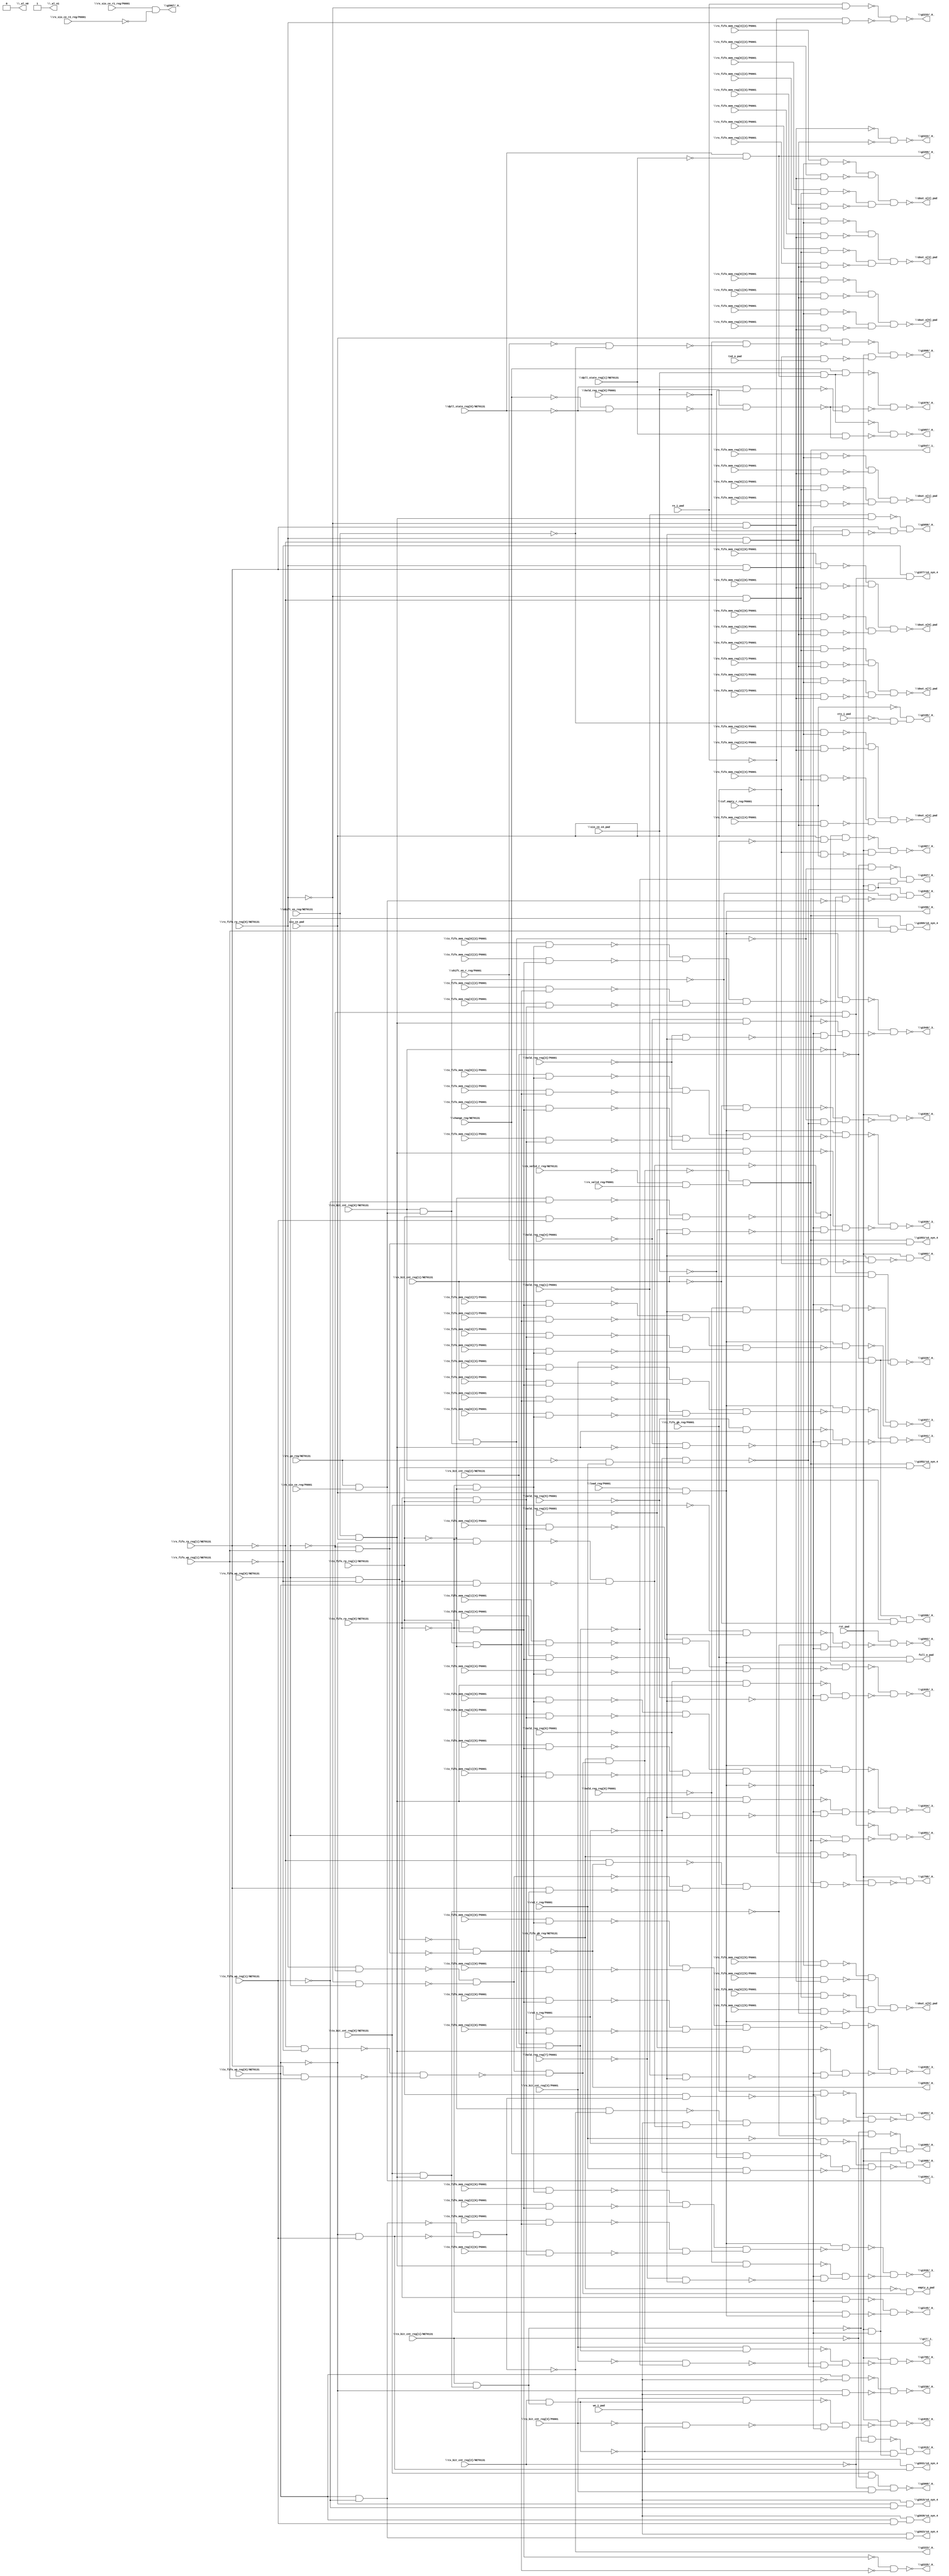
module top( \change_reg/NET0131  , cts_i_pad , \dpll_state_reg[0]/NET0131  , \dpll_state_reg[1]/NET0131  , \hold_reg_reg[0]/P0001  , \hold_reg_reg[1]/P0001  , \hold_reg_reg[2]/P0001  , \hold_reg_reg[3]/P0001  , \hold_reg_reg[4]/P0001  , \hold_reg_reg[5]/P0001  , \hold_reg_reg[6]/P0001  , \hold_reg_reg[7]/P0001  , \hold_reg_reg[8]/P0001  , \load_reg/P0001  , re_i_pad , rst_pad , \rx_bit_cnt_reg[0]/NET0131  , \rx_bit_cnt_reg[1]/NET0131  , \rx_bit_cnt_reg[2]/NET0131  , \rx_bit_cnt_reg[3]/P0001  , \rx_fifo_gb_reg/NET0131  , \rx_fifo_mem_reg[0][0]/P0001  , \rx_fifo_mem_reg[0][1]/P0001  , \rx_fifo_mem_reg[0][2]/P0001  , \rx_fifo_mem_reg[0][3]/P0001  , \rx_fifo_mem_reg[0][4]/P0001  , \rx_fifo_mem_reg[0][5]/P0001  , \rx_fifo_mem_reg[0][6]/P0001  , \rx_fifo_mem_reg[0][7]/P0001  , \rx_fifo_mem_reg[1][0]/P0001  , \rx_fifo_mem_reg[1][1]/P0001  , \rx_fifo_mem_reg[1][2]/P0001  , \rx_fifo_mem_reg[1][3]/P0001  , \rx_fifo_mem_reg[1][4]/P0001  , \rx_fifo_mem_reg[1][5]/P0001  , \rx_fifo_mem_reg[1][6]/P0001  , \rx_fifo_mem_reg[1][7]/P0001  , \rx_fifo_mem_reg[2][0]/P0001  , \rx_fifo_mem_reg[2][1]/P0001  , \rx_fifo_mem_reg[2][2]/P0001  , \rx_fifo_mem_reg[2][3]/P0001  , \rx_fifo_mem_reg[2][4]/P0001  , \rx_fifo_mem_reg[2][5]/P0001  , \rx_fifo_mem_reg[2][6]/P0001  , \rx_fifo_mem_reg[2][7]/P0001  , \rx_fifo_mem_reg[3][0]/P0001  , \rx_fifo_mem_reg[3][1]/P0001  , \rx_fifo_mem_reg[3][2]/P0001  , \rx_fifo_mem_reg[3][3]/P0001  , \rx_fifo_mem_reg[3][4]/P0001  , \rx_fifo_mem_reg[3][5]/P0001  , \rx_fifo_mem_reg[3][6]/P0001  , \rx_fifo_mem_reg[3][7]/P0001  , \rx_fifo_rp_reg[0]/NET0131  , \rx_fifo_rp_reg[1]/NET0131  , \rx_fifo_wp_reg[0]/NET0131  , \rx_fifo_wp_reg[1]/NET0131  , \rx_go_reg/NET0131  , \rx_sio_ce_r1_reg/P0001  , \rx_sio_ce_r2_reg/P0001  , \rx_sio_ce_reg/P0001  , \rx_valid_r_reg/NET0131  , \rx_valid_reg/P0001  , \rxd_r_reg/P0001  , \rxd_s_reg/P0001  , \shift_en_r_reg/P0001  , \shift_en_reg/NET0131  , sio_ce_pad , \sio_ce_x4_pad  , \tx_bit_cnt_reg[0]/NET0131  , \tx_bit_cnt_reg[1]/NET0131  , \tx_bit_cnt_reg[2]/NET0131  , \tx_bit_cnt_reg[3]/P0001  , \tx_fifo_gb_reg/P0001  , \tx_fifo_mem_reg[0][0]/P0001  , \tx_fifo_mem_reg[0][1]/P0001  , \tx_fifo_mem_reg[0][2]/P0001  , \tx_fifo_mem_reg[0][3]/P0001  , \tx_fifo_mem_reg[0][4]/P0001  , \tx_fifo_mem_reg[0][5]/P0001  , \tx_fifo_mem_reg[0][6]/P0001  , \tx_fifo_mem_reg[0][7]/P0001  , \tx_fifo_mem_reg[1][0]/P0001  , \tx_fifo_mem_reg[1][1]/P0001  , \tx_fifo_mem_reg[1][2]/P0001  , \tx_fifo_mem_reg[1][3]/P0001  , \tx_fifo_mem_reg[1][4]/P0001  , \tx_fifo_mem_reg[1][5]/P0001  , \tx_fifo_mem_reg[1][6]/P0001  , \tx_fifo_mem_reg[1][7]/P0001  , \tx_fifo_mem_reg[2][0]/P0001  , \tx_fifo_mem_reg[2][1]/P0001  , \tx_fifo_mem_reg[2][2]/P0001  , \tx_fifo_mem_reg[2][3]/P0001  , \tx_fifo_mem_reg[2][4]/P0001  , \tx_fifo_mem_reg[2][5]/P0001  , \tx_fifo_mem_reg[2][6]/P0001  , \tx_fifo_mem_reg[2][7]/P0001  , \tx_fifo_mem_reg[3][0]/P0001  , \tx_fifo_mem_reg[3][1]/P0001  , \tx_fifo_mem_reg[3][2]/P0001  , \tx_fifo_mem_reg[3][3]/P0001  , \tx_fifo_mem_reg[3][4]/P0001  , \tx_fifo_mem_reg[3][5]/P0001  , \tx_fifo_mem_reg[3][6]/P0001  , \tx_fifo_mem_reg[3][7]/P0001  , \tx_fifo_rp_reg[0]/NET0131  , \tx_fifo_rp_reg[1]/NET0131  , \tx_fifo_wp_reg[0]/NET0131  , \tx_fifo_wp_reg[1]/NET0131  , txd_o_pad , \txf_empty_r_reg/P0001  , we_i_pad , \_al_n0  , \_al_n1  , \dout_o[0]_pad  , \dout_o[1]_pad  , \dout_o[2]_pad  , \dout_o[3]_pad  , \dout_o[4]_pad  , \dout_o[5]_pad  , \dout_o[6]_pad  , \dout_o[7]_pad  , empty_o_pad , full_o_pad , \g17/_1_  , \g1795/_0_  , \g1798/_0_  , \g1835/_0_  , \g1836/_0_  , \g1847/_0_  , \g1848/_0_  , \g1851/_0_  , \g1852/u3_syn_4  , \g1853/u3_syn_4  , \g1869/u3_syn_4  , \g1877/u3_syn_4  , \g1894/_0_  , \g1915/_0_  , \g1934/_3_  , \g1935/_3_  , \g1936/_3_  , \g1937/_3_  , \g1938/_3_  , \g1939/_3_  , \g1940/_3_  , \g1941/_3_  , \g1976/_0_  , \g1984/_1_  , \g1985/_0_  , \g1987/_0_  , \g1988/_0_  , \g1998/_0_  , \g2002/_0_  , \g2015/u3_syn_4  , \g2023/u3_syn_4  , \g2031/u3_syn_4  , \g2039/u3_syn_4  , \g2057/_0_  , \g2058/_0_  , \g2067/_0_  , \g2068/_0_  , \g2082/_0_  , \g2145/_0_  , \g2195/_0_  , \g2206/_0_  , \g2222/_0_  , \g2223/_0_  , \g2225/_0_  , \g2229/_0_  , \g2230/_0_  , \g2233/_0_  , \g2269/_0_  , \g2296/_0_  , \g2539/_0_  , \g2547/_1_  );
  input \change_reg/NET0131  ;
  input cts_i_pad ;
  input \dpll_state_reg[0]/NET0131  ;
  input \dpll_state_reg[1]/NET0131  ;
  input \hold_reg_reg[0]/P0001  ;
  input \hold_reg_reg[1]/P0001  ;
  input \hold_reg_reg[2]/P0001  ;
  input \hold_reg_reg[3]/P0001  ;
  input \hold_reg_reg[4]/P0001  ;
  input \hold_reg_reg[5]/P0001  ;
  input \hold_reg_reg[6]/P0001  ;
  input \hold_reg_reg[7]/P0001  ;
  input \hold_reg_reg[8]/P0001  ;
  input \load_reg/P0001  ;
  input re_i_pad ;
  input rst_pad ;
  input \rx_bit_cnt_reg[0]/NET0131  ;
  input \rx_bit_cnt_reg[1]/NET0131  ;
  input \rx_bit_cnt_reg[2]/NET0131  ;
  input \rx_bit_cnt_reg[3]/P0001  ;
  input \rx_fifo_gb_reg/NET0131  ;
  input \rx_fifo_mem_reg[0][0]/P0001  ;
  input \rx_fifo_mem_reg[0][1]/P0001  ;
  input \rx_fifo_mem_reg[0][2]/P0001  ;
  input \rx_fifo_mem_reg[0][3]/P0001  ;
  input \rx_fifo_mem_reg[0][4]/P0001  ;
  input \rx_fifo_mem_reg[0][5]/P0001  ;
  input \rx_fifo_mem_reg[0][6]/P0001  ;
  input \rx_fifo_mem_reg[0][7]/P0001  ;
  input \rx_fifo_mem_reg[1][0]/P0001  ;
  input \rx_fifo_mem_reg[1][1]/P0001  ;
  input \rx_fifo_mem_reg[1][2]/P0001  ;
  input \rx_fifo_mem_reg[1][3]/P0001  ;
  input \rx_fifo_mem_reg[1][4]/P0001  ;
  input \rx_fifo_mem_reg[1][5]/P0001  ;
  input \rx_fifo_mem_reg[1][6]/P0001  ;
  input \rx_fifo_mem_reg[1][7]/P0001  ;
  input \rx_fifo_mem_reg[2][0]/P0001  ;
  input \rx_fifo_mem_reg[2][1]/P0001  ;
  input \rx_fifo_mem_reg[2][2]/P0001  ;
  input \rx_fifo_mem_reg[2][3]/P0001  ;
  input \rx_fifo_mem_reg[2][4]/P0001  ;
  input \rx_fifo_mem_reg[2][5]/P0001  ;
  input \rx_fifo_mem_reg[2][6]/P0001  ;
  input \rx_fifo_mem_reg[2][7]/P0001  ;
  input \rx_fifo_mem_reg[3][0]/P0001  ;
  input \rx_fifo_mem_reg[3][1]/P0001  ;
  input \rx_fifo_mem_reg[3][2]/P0001  ;
  input \rx_fifo_mem_reg[3][3]/P0001  ;
  input \rx_fifo_mem_reg[3][4]/P0001  ;
  input \rx_fifo_mem_reg[3][5]/P0001  ;
  input \rx_fifo_mem_reg[3][6]/P0001  ;
  input \rx_fifo_mem_reg[3][7]/P0001  ;
  input \rx_fifo_rp_reg[0]/NET0131  ;
  input \rx_fifo_rp_reg[1]/NET0131  ;
  input \rx_fifo_wp_reg[0]/NET0131  ;
  input \rx_fifo_wp_reg[1]/NET0131  ;
  input \rx_go_reg/NET0131  ;
  input \rx_sio_ce_r1_reg/P0001  ;
  input \rx_sio_ce_r2_reg/P0001  ;
  input \rx_sio_ce_reg/P0001  ;
  input \rx_valid_r_reg/NET0131  ;
  input \rx_valid_reg/P0001  ;
  input \rxd_r_reg/P0001  ;
  input \rxd_s_reg/P0001  ;
  input \shift_en_r_reg/P0001  ;
  input \shift_en_reg/NET0131  ;
  input sio_ce_pad ;
  input \sio_ce_x4_pad  ;
  input \tx_bit_cnt_reg[0]/NET0131  ;
  input \tx_bit_cnt_reg[1]/NET0131  ;
  input \tx_bit_cnt_reg[2]/NET0131  ;
  input \tx_bit_cnt_reg[3]/P0001  ;
  input \tx_fifo_gb_reg/P0001  ;
  input \tx_fifo_mem_reg[0][0]/P0001  ;
  input \tx_fifo_mem_reg[0][1]/P0001  ;
  input \tx_fifo_mem_reg[0][2]/P0001  ;
  input \tx_fifo_mem_reg[0][3]/P0001  ;
  input \tx_fifo_mem_reg[0][4]/P0001  ;
  input \tx_fifo_mem_reg[0][5]/P0001  ;
  input \tx_fifo_mem_reg[0][6]/P0001  ;
  input \tx_fifo_mem_reg[0][7]/P0001  ;
  input \tx_fifo_mem_reg[1][0]/P0001  ;
  input \tx_fifo_mem_reg[1][1]/P0001  ;
  input \tx_fifo_mem_reg[1][2]/P0001  ;
  input \tx_fifo_mem_reg[1][3]/P0001  ;
  input \tx_fifo_mem_reg[1][4]/P0001  ;
  input \tx_fifo_mem_reg[1][5]/P0001  ;
  input \tx_fifo_mem_reg[1][6]/P0001  ;
  input \tx_fifo_mem_reg[1][7]/P0001  ;
  input \tx_fifo_mem_reg[2][0]/P0001  ;
  input \tx_fifo_mem_reg[2][1]/P0001  ;
  input \tx_fifo_mem_reg[2][2]/P0001  ;
  input \tx_fifo_mem_reg[2][3]/P0001  ;
  input \tx_fifo_mem_reg[2][4]/P0001  ;
  input \tx_fifo_mem_reg[2][5]/P0001  ;
  input \tx_fifo_mem_reg[2][6]/P0001  ;
  input \tx_fifo_mem_reg[2][7]/P0001  ;
  input \tx_fifo_mem_reg[3][0]/P0001  ;
  input \tx_fifo_mem_reg[3][1]/P0001  ;
  input \tx_fifo_mem_reg[3][2]/P0001  ;
  input \tx_fifo_mem_reg[3][3]/P0001  ;
  input \tx_fifo_mem_reg[3][4]/P0001  ;
  input \tx_fifo_mem_reg[3][5]/P0001  ;
  input \tx_fifo_mem_reg[3][6]/P0001  ;
  input \tx_fifo_mem_reg[3][7]/P0001  ;
  input \tx_fifo_rp_reg[0]/NET0131  ;
  input \tx_fifo_rp_reg[1]/NET0131  ;
  input \tx_fifo_wp_reg[0]/NET0131  ;
  input \tx_fifo_wp_reg[1]/NET0131  ;
  input txd_o_pad ;
  input \txf_empty_r_reg/P0001  ;
  input we_i_pad ;
  output \_al_n0  ;
  output \_al_n1  ;
  output \dout_o[0]_pad  ;
  output \dout_o[1]_pad  ;
  output \dout_o[2]_pad  ;
  output \dout_o[3]_pad  ;
  output \dout_o[4]_pad  ;
  output \dout_o[5]_pad  ;
  output \dout_o[6]_pad  ;
  output \dout_o[7]_pad  ;
  output empty_o_pad ;
  output full_o_pad ;
  output \g17/_1_  ;
  output \g1795/_0_  ;
  output \g1798/_0_  ;
  output \g1835/_0_  ;
  output \g1836/_0_  ;
  output \g1847/_0_  ;
  output \g1848/_0_  ;
  output \g1851/_0_  ;
  output \g1852/u3_syn_4  ;
  output \g1853/u3_syn_4  ;
  output \g1869/u3_syn_4  ;
  output \g1877/u3_syn_4  ;
  output \g1894/_0_  ;
  output \g1915/_0_  ;
  output \g1934/_3_  ;
  output \g1935/_3_  ;
  output \g1936/_3_  ;
  output \g1937/_3_  ;
  output \g1938/_3_  ;
  output \g1939/_3_  ;
  output \g1940/_3_  ;
  output \g1941/_3_  ;
  output \g1976/_0_  ;
  output \g1984/_1_  ;
  output \g1985/_0_  ;
  output \g1987/_0_  ;
  output \g1988/_0_  ;
  output \g1998/_0_  ;
  output \g2002/_0_  ;
  output \g2015/u3_syn_4  ;
  output \g2023/u3_syn_4  ;
  output \g2031/u3_syn_4  ;
  output \g2039/u3_syn_4  ;
  output \g2057/_0_  ;
  output \g2058/_0_  ;
  output \g2067/_0_  ;
  output \g2068/_0_  ;
  output \g2082/_0_  ;
  output \g2145/_0_  ;
  output \g2195/_0_  ;
  output \g2206/_0_  ;
  output \g2222/_0_  ;
  output \g2223/_0_  ;
  output \g2225/_0_  ;
  output \g2229/_0_  ;
  output \g2230/_0_  ;
  output \g2233/_0_  ;
  output \g2269/_0_  ;
  output \g2296/_0_  ;
  output \g2539/_0_  ;
  output \g2547/_1_  ;
  wire n114 , n115 , n116 , n117 , n118 , n119 , n120 , n121 , n122 , n123 , n124 , n125 , n126 , n127 , n128 , n129 , n130 , n131 , n132 , n133 , n134 , n135 , n136 , n137 , n138 , n139 , n140 , n141 , n142 , n143 , n144 , n145 , n146 , n147 , n148 , n149 , n150 , n151 , n152 , n153 , n154 , n155 , n156 , n157 , n158 , n159 , n160 , n161 , n162 , n163 , n164 , n165 , n166 , n167 , n168 , n169 , n170 , n171 , n172 , n173 , n174 , n175 , n176 , n177 , n178 , n179 , n180 , n181 , n182 , n183 , n184 , n185 , n186 , n187 , n188 , n189 , n190 , n191 , n192 , n193 , n194 , n195 , n196 , n197 , n198 , n199 , n200 , n201 , n202 , n203 , n204 , n205 , n206 , n207 , n208 , n209 , n210 , n211 , n212 , n213 , n214 , n215 , n216 , n217 , n218 , n219 , n220 , n221 , n222 , n223 , n224 , n225 , n226 , n227 , n228 , n229 , n230 , n231 , n232 , n233 , n234 , n235 , n236 , n237 , n238 , n239 , n240 , n241 , n242 , n243 , n244 , n245 , n246 , n247 , n248 , n249 , n250 , n251 , n252 , n253 , n254 , n255 , n256 , n257 , n258 , n259 , n260 , n261 , n262 , n263 , n264 , n265 , n266 , n267 , n268 , n269 , n270 , n271 , n272 , n273 , n274 , n275 , n276 , n277 , n278 , n279 , n280 , n281 , n282 , n283 , n284 , n285 , n286 , n287 , n288 , n289 , n290 , n291 , n292 , n293 , n294 , n295 , n296 , n297 , n298 , n299 , n300 , n301 , n302 , n303 , n304 , n305 , n306 , n307 , n308 , n309 , n310 , n311 , n312 , n313 , n314 , n315 , n316 , n317 , n318 , n319 , n320 , n321 , n322 , n323 , n324 , n325 , n326 , n327 , n328 , n329 , n330 , n331 , n332 , n333 , n334 , n335 , n336 , n337 , n338 , n339 , n340 , n341 , n342 , n343 , n344 , n345 , n346 , n347 , n348 , n349 , n350 , n351 , n352 , n353 , n354 , n355 , n356 , n357 , n358 , n359 , n360 , n361 , n362 , n363 , n364 , n365 , n366 , n367 , n368 , n369 , n370 , n371 , n372 , n373 , n374 , n375 , n376 , n377 , n378 , n379 , n380 , n381 , n382 , n383 , n384 , n385 , n386 , n387 , n388 , n389 , n390 , n391 , n392 , n393 , n394 , n395 , n396 , n397 , n398 , n399 , n400 , n401 , n402 , n403 , n404 , n405 , n406 , n407 , n408 , n409 , n410 , n411 , n412 , n413 , n414 , n415 , n416 , n417 , n418 , n419 , n420 , n421 , n422 , n423 , n424 , n425 , n426 , n427 , n428 , n429 , n430 , n431 , n432 , n433 ;
  assign n114 = \rx_fifo_rp_reg[0]/NET0131  & \rx_fifo_rp_reg[1]/NET0131  ;
  assign n115 = \rx_fifo_mem_reg[3][0]/P0001  & n114 ;
  assign n116 = ~\rx_fifo_rp_reg[0]/NET0131  & \rx_fifo_rp_reg[1]/NET0131  ;
  assign n117 = \rx_fifo_mem_reg[2][0]/P0001  & n116 ;
  assign n122 = ~n115 & ~n117 ;
  assign n118 = ~\rx_fifo_rp_reg[0]/NET0131  & ~\rx_fifo_rp_reg[1]/NET0131  ;
  assign n119 = \rx_fifo_mem_reg[0][0]/P0001  & n118 ;
  assign n120 = \rx_fifo_rp_reg[0]/NET0131  & ~\rx_fifo_rp_reg[1]/NET0131  ;
  assign n121 = \rx_fifo_mem_reg[1][0]/P0001  & n120 ;
  assign n123 = ~n119 & ~n121 ;
  assign n124 = n122 & n123 ;
  assign n125 = \rx_fifo_mem_reg[3][1]/P0001  & n114 ;
  assign n126 = \rx_fifo_mem_reg[2][1]/P0001  & n116 ;
  assign n129 = ~n125 & ~n126 ;
  assign n127 = \rx_fifo_mem_reg[0][1]/P0001  & n118 ;
  assign n128 = \rx_fifo_mem_reg[1][1]/P0001  & n120 ;
  assign n130 = ~n127 & ~n128 ;
  assign n131 = n129 & n130 ;
  assign n132 = \rx_fifo_mem_reg[3][2]/P0001  & n114 ;
  assign n133 = \rx_fifo_mem_reg[2][2]/P0001  & n116 ;
  assign n136 = ~n132 & ~n133 ;
  assign n134 = \rx_fifo_mem_reg[0][2]/P0001  & n118 ;
  assign n135 = \rx_fifo_mem_reg[1][2]/P0001  & n120 ;
  assign n137 = ~n134 & ~n135 ;
  assign n138 = n136 & n137 ;
  assign n139 = \rx_fifo_mem_reg[3][3]/P0001  & n114 ;
  assign n140 = \rx_fifo_mem_reg[2][3]/P0001  & n116 ;
  assign n143 = ~n139 & ~n140 ;
  assign n141 = \rx_fifo_mem_reg[0][3]/P0001  & n118 ;
  assign n142 = \rx_fifo_mem_reg[1][3]/P0001  & n120 ;
  assign n144 = ~n141 & ~n142 ;
  assign n145 = n143 & n144 ;
  assign n146 = \rx_fifo_mem_reg[3][4]/P0001  & n114 ;
  assign n147 = \rx_fifo_mem_reg[2][4]/P0001  & n116 ;
  assign n150 = ~n146 & ~n147 ;
  assign n148 = \rx_fifo_mem_reg[0][4]/P0001  & n118 ;
  assign n149 = \rx_fifo_mem_reg[1][4]/P0001  & n120 ;
  assign n151 = ~n148 & ~n149 ;
  assign n152 = n150 & n151 ;
  assign n153 = \rx_fifo_mem_reg[3][5]/P0001  & n114 ;
  assign n154 = \rx_fifo_mem_reg[2][5]/P0001  & n116 ;
  assign n157 = ~n153 & ~n154 ;
  assign n155 = \rx_fifo_mem_reg[0][5]/P0001  & n118 ;
  assign n156 = \rx_fifo_mem_reg[1][5]/P0001  & n120 ;
  assign n158 = ~n155 & ~n156 ;
  assign n159 = n157 & n158 ;
  assign n160 = \rx_fifo_mem_reg[0][6]/P0001  & n118 ;
  assign n161 = \rx_fifo_mem_reg[1][6]/P0001  & n120 ;
  assign n164 = ~n160 & ~n161 ;
  assign n162 = \rx_fifo_mem_reg[3][6]/P0001  & n114 ;
  assign n163 = \rx_fifo_mem_reg[2][6]/P0001  & n116 ;
  assign n165 = ~n162 & ~n163 ;
  assign n166 = n164 & n165 ;
  assign n167 = \rx_fifo_mem_reg[0][7]/P0001  & n118 ;
  assign n168 = \rx_fifo_mem_reg[1][7]/P0001  & n120 ;
  assign n171 = ~n167 & ~n168 ;
  assign n169 = \rx_fifo_mem_reg[3][7]/P0001  & n114 ;
  assign n170 = \rx_fifo_mem_reg[2][7]/P0001  & n116 ;
  assign n172 = ~n169 & ~n170 ;
  assign n173 = n171 & n172 ;
  assign n174 = \rx_fifo_rp_reg[0]/NET0131  & ~\rx_fifo_wp_reg[0]/NET0131  ;
  assign n175 = ~\rx_fifo_rp_reg[0]/NET0131  & \rx_fifo_wp_reg[0]/NET0131  ;
  assign n176 = ~n174 & ~n175 ;
  assign n177 = ~\rx_fifo_rp_reg[1]/NET0131  & ~\rx_fifo_wp_reg[1]/NET0131  ;
  assign n178 = \rx_fifo_rp_reg[1]/NET0131  & \rx_fifo_wp_reg[1]/NET0131  ;
  assign n179 = ~n177 & ~n178 ;
  assign n180 = n176 & ~n179 ;
  assign n181 = ~\rx_fifo_gb_reg/NET0131  & n180 ;
  assign n182 = ~\tx_fifo_rp_reg[0]/NET0131  & ~\tx_fifo_wp_reg[0]/NET0131  ;
  assign n183 = \tx_fifo_rp_reg[0]/NET0131  & \tx_fifo_wp_reg[0]/NET0131  ;
  assign n184 = ~n182 & ~n183 ;
  assign n185 = ~\tx_fifo_rp_reg[1]/NET0131  & ~\tx_fifo_wp_reg[1]/NET0131  ;
  assign n186 = \tx_fifo_rp_reg[1]/NET0131  & \tx_fifo_wp_reg[1]/NET0131  ;
  assign n187 = ~n185 & ~n186 ;
  assign n188 = ~n184 & ~n187 ;
  assign n189 = \tx_fifo_gb_reg/P0001  & n188 ;
  assign n190 = \rx_fifo_gb_reg/NET0131  & n180 ;
  assign n191 = \rx_go_reg/NET0131  & \rx_sio_ce_reg/P0001  ;
  assign n192 = \rx_bit_cnt_reg[0]/NET0131  & n191 ;
  assign n193 = \rx_bit_cnt_reg[1]/NET0131  & n192 ;
  assign n194 = \rx_bit_cnt_reg[2]/NET0131  & n193 ;
  assign n198 = \rx_bit_cnt_reg[3]/P0001  & n194 ;
  assign n195 = ~\rx_bit_cnt_reg[3]/P0001  & ~n194 ;
  assign n196 = ~\rx_go_reg/NET0131  & \rxd_r_reg/P0001  ;
  assign n197 = ~\rxd_s_reg/P0001  & n196 ;
  assign n199 = ~n195 & ~n197 ;
  assign n200 = ~n198 & n199 ;
  assign n201 = rst_pad & ~n200 ;
  assign n202 = ~re_i_pad & \rx_fifo_gb_reg/NET0131  ;
  assign n203 = ~\rx_valid_r_reg/NET0131  & \rx_valid_reg/P0001  ;
  assign n204 = ~n190 & n203 ;
  assign n205 = \rx_fifo_wp_reg[0]/NET0131  & ~\rx_fifo_wp_reg[1]/NET0131  ;
  assign n206 = ~\rx_fifo_wp_reg[0]/NET0131  & \rx_fifo_wp_reg[1]/NET0131  ;
  assign n207 = ~n205 & ~n206 ;
  assign n209 = ~\rx_fifo_rp_reg[1]/NET0131  & ~n207 ;
  assign n208 = \rx_fifo_rp_reg[1]/NET0131  & n207 ;
  assign n210 = ~n176 & ~n208 ;
  assign n211 = ~n209 & n210 ;
  assign n212 = n204 & n211 ;
  assign n213 = ~n202 & ~n212 ;
  assign n214 = rst_pad & ~n213 ;
  assign n215 = \shift_en_reg/NET0131  & sio_ce_pad ;
  assign n216 = \tx_bit_cnt_reg[0]/NET0131  & n215 ;
  assign n217 = \tx_bit_cnt_reg[1]/NET0131  & n216 ;
  assign n218 = \tx_bit_cnt_reg[2]/NET0131  & n217 ;
  assign n221 = \tx_bit_cnt_reg[3]/P0001  & n218 ;
  assign n219 = ~\tx_bit_cnt_reg[3]/P0001  & ~n218 ;
  assign n220 = \load_reg/P0001  & sio_ce_pad ;
  assign n222 = ~n219 & ~n220 ;
  assign n223 = ~n221 & n222 ;
  assign n224 = rst_pad & ~n223 ;
  assign n225 = ~\rx_bit_cnt_reg[1]/NET0131  & ~n192 ;
  assign n226 = ~n193 & ~n197 ;
  assign n227 = ~n225 & n226 ;
  assign n228 = rst_pad & ~n227 ;
  assign n230 = ~\rx_bit_cnt_reg[2]/NET0131  & ~n193 ;
  assign n229 = rst_pad & ~n197 ;
  assign n231 = ~n194 & n229 ;
  assign n232 = ~n230 & n231 ;
  assign n233 = ~\rx_bit_cnt_reg[0]/NET0131  & ~n191 ;
  assign n234 = ~n192 & ~n233 ;
  assign n235 = n229 & n234 ;
  assign n236 = ~\rx_fifo_wp_reg[0]/NET0131  & n204 ;
  assign n237 = \rx_fifo_wp_reg[0]/NET0131  & ~n204 ;
  assign n238 = ~n236 & ~n237 ;
  assign n239 = n204 & n205 ;
  assign n240 = n204 & n206 ;
  assign n241 = \rx_fifo_wp_reg[0]/NET0131  & \rx_fifo_wp_reg[1]/NET0131  ;
  assign n242 = n204 & n241 ;
  assign n243 = ~\rx_fifo_wp_reg[1]/NET0131  & n236 ;
  assign n244 = \tx_fifo_gb_reg/P0001  & ~n220 ;
  assign n245 = \tx_fifo_wp_reg[0]/NET0131  & ~\tx_fifo_wp_reg[1]/NET0131  ;
  assign n246 = ~\tx_fifo_wp_reg[0]/NET0131  & \tx_fifo_wp_reg[1]/NET0131  ;
  assign n247 = ~n245 & ~n246 ;
  assign n249 = \tx_fifo_rp_reg[1]/NET0131  & n247 ;
  assign n248 = ~\tx_fifo_rp_reg[1]/NET0131  & ~n247 ;
  assign n250 = we_i_pad & n184 ;
  assign n251 = ~n248 & n250 ;
  assign n252 = ~n249 & n251 ;
  assign n253 = ~n244 & ~n252 ;
  assign n254 = rst_pad & ~n253 ;
  assign n256 = ~\tx_bit_cnt_reg[2]/NET0131  & ~n217 ;
  assign n255 = rst_pad & ~n220 ;
  assign n257 = ~n218 & n255 ;
  assign n258 = ~n256 & n257 ;
  assign n259 = ~\tx_fifo_rp_reg[0]/NET0131  & ~\tx_fifo_rp_reg[1]/NET0131  ;
  assign n260 = \tx_fifo_mem_reg[0][5]/P0001  & n259 ;
  assign n261 = \tx_fifo_rp_reg[0]/NET0131  & \tx_fifo_rp_reg[1]/NET0131  ;
  assign n262 = \tx_fifo_mem_reg[3][5]/P0001  & n261 ;
  assign n267 = ~n260 & ~n262 ;
  assign n263 = ~\tx_fifo_rp_reg[0]/NET0131  & \tx_fifo_rp_reg[1]/NET0131  ;
  assign n264 = \tx_fifo_mem_reg[2][5]/P0001  & n263 ;
  assign n265 = \tx_fifo_rp_reg[0]/NET0131  & ~\tx_fifo_rp_reg[1]/NET0131  ;
  assign n266 = \tx_fifo_mem_reg[1][5]/P0001  & n265 ;
  assign n268 = ~n264 & ~n266 ;
  assign n269 = n267 & n268 ;
  assign n270 = n220 & ~n269 ;
  assign n272 = ~\hold_reg_reg[7]/P0001  & n215 ;
  assign n271 = ~\hold_reg_reg[6]/P0001  & ~n215 ;
  assign n273 = ~n220 & ~n271 ;
  assign n274 = ~n272 & n273 ;
  assign n275 = ~n270 & ~n274 ;
  assign n276 = \tx_fifo_mem_reg[3][4]/P0001  & n261 ;
  assign n277 = \tx_fifo_mem_reg[1][4]/P0001  & n265 ;
  assign n280 = ~n276 & ~n277 ;
  assign n278 = \tx_fifo_mem_reg[2][4]/P0001  & n263 ;
  assign n279 = \tx_fifo_mem_reg[0][4]/P0001  & n259 ;
  assign n281 = ~n278 & ~n279 ;
  assign n282 = n280 & n281 ;
  assign n283 = n220 & ~n282 ;
  assign n285 = ~\hold_reg_reg[6]/P0001  & n215 ;
  assign n284 = ~\hold_reg_reg[5]/P0001  & ~n215 ;
  assign n286 = ~n220 & ~n284 ;
  assign n287 = ~n285 & n286 ;
  assign n288 = ~n283 & ~n287 ;
  assign n289 = \tx_fifo_mem_reg[0][6]/P0001  & n259 ;
  assign n290 = \tx_fifo_mem_reg[2][6]/P0001  & n263 ;
  assign n293 = ~n289 & ~n290 ;
  assign n291 = \tx_fifo_mem_reg[1][6]/P0001  & n265 ;
  assign n292 = \tx_fifo_mem_reg[3][6]/P0001  & n261 ;
  assign n294 = ~n291 & ~n292 ;
  assign n295 = n293 & n294 ;
  assign n296 = n220 & ~n295 ;
  assign n298 = ~\hold_reg_reg[8]/P0001  & n215 ;
  assign n297 = ~\hold_reg_reg[7]/P0001  & ~n215 ;
  assign n299 = ~n220 & ~n297 ;
  assign n300 = ~n298 & n299 ;
  assign n301 = ~n296 & ~n300 ;
  assign n302 = ~\hold_reg_reg[8]/P0001  & ~n215 ;
  assign n303 = ~n220 & ~n302 ;
  assign n304 = \tx_fifo_mem_reg[2][7]/P0001  & n263 ;
  assign n305 = \tx_fifo_mem_reg[1][7]/P0001  & n265 ;
  assign n308 = ~n304 & ~n305 ;
  assign n306 = \tx_fifo_mem_reg[3][7]/P0001  & n261 ;
  assign n307 = \tx_fifo_mem_reg[0][7]/P0001  & n259 ;
  assign n309 = ~n306 & ~n307 ;
  assign n310 = n308 & n309 ;
  assign n311 = n220 & ~n310 ;
  assign n312 = ~n303 & ~n311 ;
  assign n313 = \tx_fifo_mem_reg[0][0]/P0001  & n259 ;
  assign n314 = \tx_fifo_mem_reg[1][0]/P0001  & n265 ;
  assign n317 = ~n313 & ~n314 ;
  assign n315 = \tx_fifo_mem_reg[2][0]/P0001  & n263 ;
  assign n316 = \tx_fifo_mem_reg[3][0]/P0001  & n261 ;
  assign n318 = ~n315 & ~n316 ;
  assign n319 = n317 & n318 ;
  assign n320 = n220 & ~n319 ;
  assign n322 = ~\hold_reg_reg[2]/P0001  & n215 ;
  assign n321 = ~\hold_reg_reg[1]/P0001  & ~n215 ;
  assign n323 = ~n220 & ~n321 ;
  assign n324 = ~n322 & n323 ;
  assign n325 = ~n320 & ~n324 ;
  assign n326 = \tx_fifo_mem_reg[0][1]/P0001  & n259 ;
  assign n327 = \tx_fifo_mem_reg[1][1]/P0001  & n265 ;
  assign n330 = ~n326 & ~n327 ;
  assign n328 = \tx_fifo_mem_reg[2][1]/P0001  & n263 ;
  assign n329 = \tx_fifo_mem_reg[3][1]/P0001  & n261 ;
  assign n331 = ~n328 & ~n329 ;
  assign n332 = n330 & n331 ;
  assign n333 = n220 & ~n332 ;
  assign n335 = ~\hold_reg_reg[3]/P0001  & n215 ;
  assign n334 = ~\hold_reg_reg[2]/P0001  & ~n215 ;
  assign n336 = ~n220 & ~n334 ;
  assign n337 = ~n335 & n336 ;
  assign n338 = ~n333 & ~n337 ;
  assign n339 = \tx_fifo_mem_reg[0][2]/P0001  & n259 ;
  assign n340 = \tx_fifo_mem_reg[2][2]/P0001  & n263 ;
  assign n343 = ~n339 & ~n340 ;
  assign n341 = \tx_fifo_mem_reg[1][2]/P0001  & n265 ;
  assign n342 = \tx_fifo_mem_reg[3][2]/P0001  & n261 ;
  assign n344 = ~n341 & ~n342 ;
  assign n345 = n343 & n344 ;
  assign n346 = n220 & ~n345 ;
  assign n348 = ~\hold_reg_reg[4]/P0001  & n215 ;
  assign n347 = ~\hold_reg_reg[3]/P0001  & ~n215 ;
  assign n349 = ~n220 & ~n347 ;
  assign n350 = ~n348 & n349 ;
  assign n351 = ~n346 & ~n350 ;
  assign n352 = \tx_fifo_mem_reg[3][3]/P0001  & n261 ;
  assign n353 = \tx_fifo_mem_reg[2][3]/P0001  & n263 ;
  assign n356 = ~n352 & ~n353 ;
  assign n354 = \tx_fifo_mem_reg[1][3]/P0001  & n265 ;
  assign n355 = \tx_fifo_mem_reg[0][3]/P0001  & n259 ;
  assign n357 = ~n354 & ~n355 ;
  assign n358 = n356 & n357 ;
  assign n359 = n220 & ~n358 ;
  assign n361 = ~\hold_reg_reg[5]/P0001  & n215 ;
  assign n360 = ~\hold_reg_reg[4]/P0001  & ~n215 ;
  assign n362 = ~n220 & ~n360 ;
  assign n363 = ~n361 & n362 ;
  assign n364 = ~n359 & ~n363 ;
  assign n365 = \dpll_state_reg[0]/NET0131  & ~\dpll_state_reg[1]/NET0131  ;
  assign n366 = \sio_ce_x4_pad  & n365 ;
  assign n367 = \change_reg/NET0131  & n366 ;
  assign n368 = ~\change_reg/NET0131  & ~\dpll_state_reg[0]/NET0131  ;
  assign n369 = \sio_ce_x4_pad  & ~n368 ;
  assign n370 = ~\dpll_state_reg[0]/NET0131  & ~\sio_ce_x4_pad  ;
  assign n371 = ~n369 & ~n370 ;
  assign n372 = ~n367 & ~n371 ;
  assign n373 = ~\tx_bit_cnt_reg[1]/NET0131  & ~n216 ;
  assign n374 = ~n217 & n255 ;
  assign n375 = ~n373 & n374 ;
  assign n377 = sio_ce_pad & ~\tx_fifo_gb_reg/P0001  ;
  assign n378 = n188 & n377 ;
  assign n376 = ~sio_ce_pad & \txf_empty_r_reg/P0001  ;
  assign n379 = rst_pad & ~n376 ;
  assign n380 = ~n378 & n379 ;
  assign n383 = ~\rxd_r_reg/P0001  & \rxd_s_reg/P0001  ;
  assign n381 = \change_reg/NET0131  & ~\sio_ce_x4_pad  ;
  assign n382 = \rxd_r_reg/P0001  & ~\rxd_s_reg/P0001  ;
  assign n384 = ~n381 & ~n382 ;
  assign n385 = ~n383 & n384 ;
  assign n386 = rst_pad & ~n385 ;
  assign n387 = ~\shift_en_r_reg/P0001  & ~\shift_en_reg/NET0131  ;
  assign n388 = ~\hold_reg_reg[0]/P0001  & ~n387 ;
  assign n389 = sio_ce_pad & ~n388 ;
  assign n390 = ~sio_ce_pad & txd_o_pad ;
  assign n391 = rst_pad & ~n390 ;
  assign n392 = ~n389 & n391 ;
  assign n393 = ~\tx_bit_cnt_reg[0]/NET0131  & ~n215 ;
  assign n394 = ~n216 & ~n220 ;
  assign n395 = ~n393 & n394 ;
  assign n396 = rst_pad & ~n395 ;
  assign n397 = ~\tx_fifo_wp_reg[0]/NET0131  & ~\tx_fifo_wp_reg[1]/NET0131  ;
  assign n398 = we_i_pad & n397 ;
  assign n399 = we_i_pad & n245 ;
  assign n400 = we_i_pad & n246 ;
  assign n401 = \tx_fifo_wp_reg[0]/NET0131  & \tx_fifo_wp_reg[1]/NET0131  ;
  assign n402 = we_i_pad & n401 ;
  assign n403 = \dpll_state_reg[1]/NET0131  & ~n369 ;
  assign n404 = ~n366 & ~n403 ;
  assign n406 = ~\hold_reg_reg[1]/P0001  & n215 ;
  assign n405 = ~\hold_reg_reg[0]/P0001  & ~n215 ;
  assign n407 = ~n220 & ~n405 ;
  assign n408 = ~n406 & n407 ;
  assign n409 = \rx_sio_ce_r1_reg/P0001  & ~\rx_sio_ce_r2_reg/P0001  ;
  assign n410 = \tx_bit_cnt_reg[0]/NET0131  & ~\tx_bit_cnt_reg[1]/NET0131  ;
  assign n411 = ~\tx_bit_cnt_reg[2]/NET0131  & \tx_bit_cnt_reg[3]/P0001  ;
  assign n412 = n410 & n411 ;
  assign n413 = \shift_en_r_reg/P0001  & ~sio_ce_pad ;
  assign n414 = ~n215 & ~n413 ;
  assign n415 = rst_pad & ~n414 ;
  assign n416 = \tx_fifo_rp_reg[0]/NET0131  & ~n220 ;
  assign n417 = ~\tx_fifo_rp_reg[0]/NET0131  & n220 ;
  assign n418 = ~n416 & ~n417 ;
  assign n419 = ~cts_i_pad & ~\shift_en_reg/NET0131  ;
  assign n420 = ~\txf_empty_r_reg/P0001  & n419 ;
  assign n421 = ~\rx_bit_cnt_reg[2]/NET0131  & \rx_bit_cnt_reg[3]/P0001  ;
  assign n422 = \rx_bit_cnt_reg[0]/NET0131  & ~\rx_bit_cnt_reg[1]/NET0131  ;
  assign n423 = n421 & n422 ;
  assign n424 = ~n116 & ~n120 ;
  assign n425 = ~n263 & ~n265 ;
  assign n426 = ~\rx_bit_cnt_reg[0]/NET0131  & \rx_bit_cnt_reg[1]/NET0131  ;
  assign n427 = n421 & n426 ;
  assign n428 = \tx_fifo_wp_reg[0]/NET0131  & ~we_i_pad ;
  assign n429 = ~\tx_fifo_wp_reg[0]/NET0131  & we_i_pad ;
  assign n430 = ~n428 & ~n429 ;
  assign n431 = re_i_pad & ~\rx_fifo_rp_reg[0]/NET0131  ;
  assign n432 = ~re_i_pad & \rx_fifo_rp_reg[0]/NET0131  ;
  assign n433 = ~n431 & ~n432 ;
  assign \_al_n0  = 1'b0 ;
  assign \_al_n1  = ~1'b0 ;
  assign \dout_o[0]_pad  = ~n124 ;
  assign \dout_o[1]_pad  = ~n131 ;
  assign \dout_o[2]_pad  = ~n138 ;
  assign \dout_o[3]_pad  = ~n145 ;
  assign \dout_o[4]_pad  = ~n152 ;
  assign \dout_o[5]_pad  = ~n159 ;
  assign \dout_o[6]_pad  = ~n166 ;
  assign \dout_o[7]_pad  = ~n173 ;
  assign empty_o_pad = n181 ;
  assign full_o_pad = n189 ;
  assign \g17/_1_  = n190 ;
  assign \g1795/_0_  = ~n201 ;
  assign \g1798/_0_  = n214 ;
  assign \g1835/_0_  = ~n224 ;
  assign \g1836/_0_  = ~n228 ;
  assign \g1847/_0_  = n232 ;
  assign \g1848/_0_  = n235 ;
  assign \g1851/_0_  = ~n238 ;
  assign \g1852/u3_syn_4  = n239 ;
  assign \g1853/u3_syn_4  = n240 ;
  assign \g1869/u3_syn_4  = n242 ;
  assign \g1877/u3_syn_4  = n243 ;
  assign \g1894/_0_  = n254 ;
  assign \g1915/_0_  = n258 ;
  assign \g1934/_3_  = ~n275 ;
  assign \g1935/_3_  = ~n288 ;
  assign \g1936/_3_  = ~n301 ;
  assign \g1937/_3_  = ~n312 ;
  assign \g1938/_3_  = ~n325 ;
  assign \g1939/_3_  = ~n338 ;
  assign \g1940/_3_  = ~n351 ;
  assign \g1941/_3_  = ~n364 ;
  assign \g1976/_0_  = ~n372 ;
  assign \g1984/_1_  = n191 ;
  assign \g1985/_0_  = n375 ;
  assign \g1987/_0_  = ~n380 ;
  assign \g1988/_0_  = n386 ;
  assign \g1998/_0_  = ~n392 ;
  assign \g2002/_0_  = ~n396 ;
  assign \g2015/u3_syn_4  = n398 ;
  assign \g2023/u3_syn_4  = n399 ;
  assign \g2031/u3_syn_4  = n400 ;
  assign \g2039/u3_syn_4  = n402 ;
  assign \g2057/_0_  = ~n404 ;
  assign \g2058/_0_  = n408 ;
  assign \g2067/_0_  = n409 ;
  assign \g2068/_0_  = ~n412 ;
  assign \g2082/_0_  = n415 ;
  assign \g2145/_0_  = ~n418 ;
  assign \g2195/_0_  = n420 ;
  assign \g2206/_0_  = n423 ;
  assign \g2222/_0_  = ~n424 ;
  assign \g2223/_0_  = ~n247 ;
  assign \g2225/_0_  = ~n425 ;
  assign \g2229/_0_  = ~n427 ;
  assign \g2230/_0_  = ~n430 ;
  assign \g2233/_0_  = ~n433 ;
  assign \g2269/_0_  = n365 ;
  assign \g2296/_0_  = n220 ;
  assign \g2539/_0_  = ~n207 ;
  assign \g2547/_1_  = n204 ;
endmodule